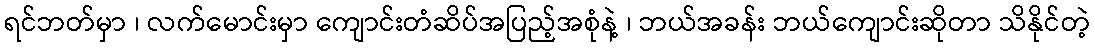
ရင်ဘတ်မှာ ၊ လက်မောင်းမှာ ကျောင်းတံဆိပ်အပြည့်အစုံနဲ့ ၊ ဘယ်အခန်း ဘယ်ကျောင်းဆိုတာ သိနိုင်တဲ့